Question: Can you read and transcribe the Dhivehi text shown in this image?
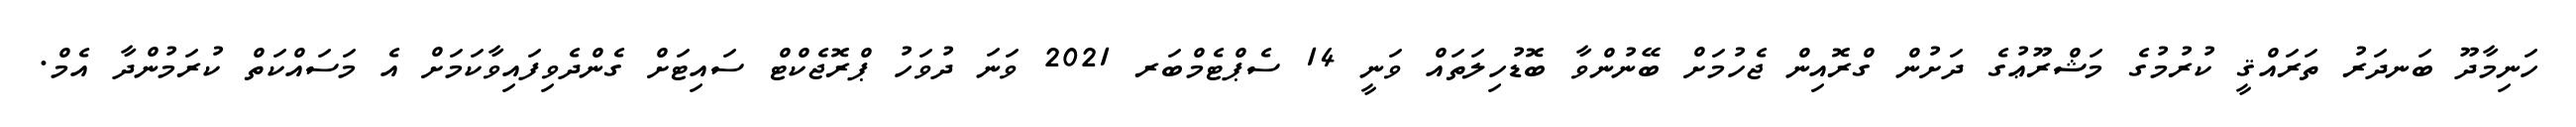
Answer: ހަނިމާދޫ ބަނދަރު ތަރައްޤީ ކުރުމުގެ މަޝްރޫޢުގެ ދަށުން ގްރޮއިން ޖެހުމަށް ބޭނުންވާ ބޮޑުހިލަތައް ވަނީ 14 ސެޕްޓެމްބަރ 2021 ވަނަ ދުވަހު ޕްރޮޖެކްޓް ސައިޓަށް ގެންދެވިފައިވާކަމަށް އެ މަސައްކަތް ކުރަމުންދާ އެމް.